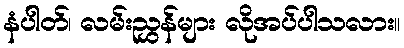
နံပါတ်၊ လမ်းညွှန်များ လိုအပ်ပါသလား။